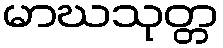
မာဃသုတ္တ